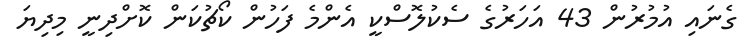
ގެނައި އުމުރުން 43 އަހަރުގެ ސެކުލޮސްކީ އެންމެ ފަހުން ކޯޗުކަން ކޮށްދިނީ މިދިޔަ